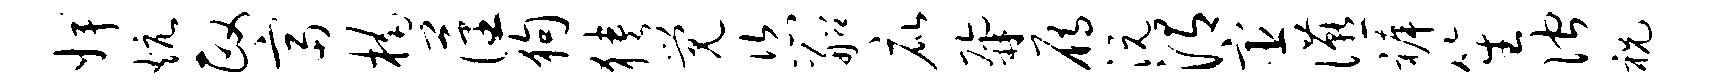
婢炕政富楠藩狗狭觉恣船庇鼐雁沅渭宦宴裤笙伫祝